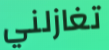
تغازلني